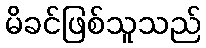
မိခင်ဖြစ်သူသည်